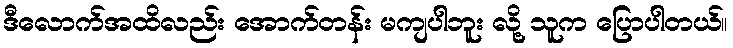
ဒီလောက်အထိလည်း အောက်တန်း မကျပါဘူး လို့ သူက ပြောပါတယ်။